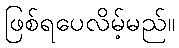
ဖြစ်ရပေလိမ့်မည်။